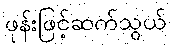
ဖုန်းဖြင့်ဆက်သွယ်